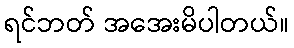
ရင်ဘတ် အအေးမိပါတယ်။